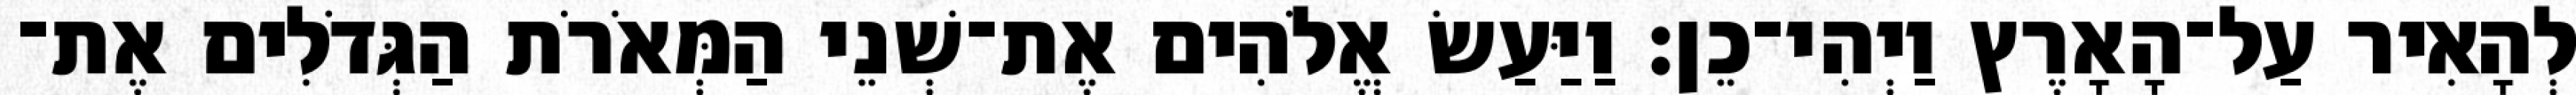
לְהָאִיר עַל־הָאָרֶץ וַיְהִי־כֵן׃ וַיַּעַשׂ אֱלֹהִים אֶת־שְׁנֵי הַמְּאֹרֹת הַגְּדֹלִים אֶת־